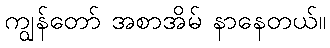
ကျွန်တော် အစာအိမ် နာနေတယ်။